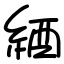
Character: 綇